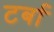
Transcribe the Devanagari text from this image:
टर्बा